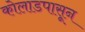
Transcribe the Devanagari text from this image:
कोलाडपासून